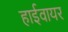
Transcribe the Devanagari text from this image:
हाईवायर